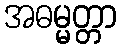
အဓမ္မတ္တာ